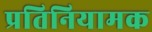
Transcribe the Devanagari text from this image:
प्रतिनियामक